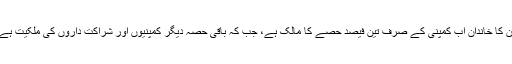
ان کا خاندان اب کمپنی کے صرف تین فیصد حصے کا مالک ہے، جب کہ باقی حصہ دیگر کمپنیوں اور شراکت داروں کی ملکیت ہے۔